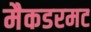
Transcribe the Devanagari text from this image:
मैकडरमट